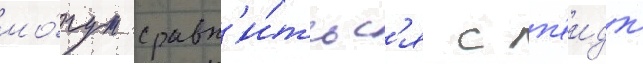
мо́гут сравн'и́тьс'я с п'еидж